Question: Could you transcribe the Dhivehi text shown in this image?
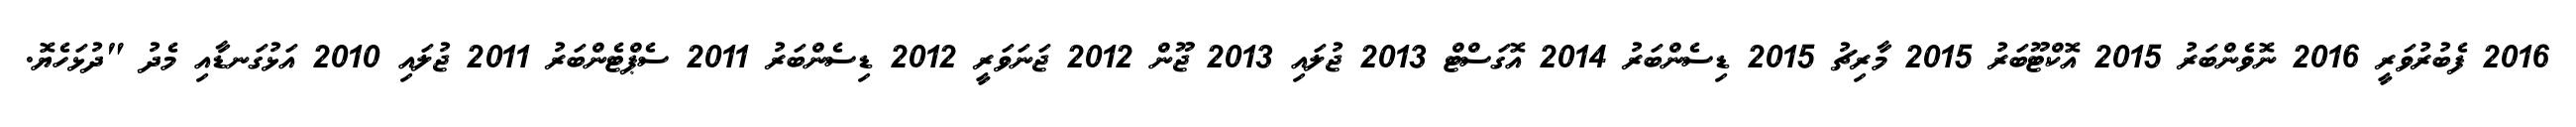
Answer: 2016 ފެބުރުވަރީ 2016 ނޮވެންބަރު 2015 އޮކްޓޫބަރު 2015 މާރިޗު 2015 ޑިސެންބަރު 2014 އޮގަސްޓް 2013 ޖުލައި 2013 ޖޫން 2012 ޖަނަވަރީ 2012 ޑިސެންބަރު 2011 ސެޕްޓެންބަރު 2011 ޖުލައި 2010 އަޅުގަނޑާއި މެދު "ދުޅަހެޔޮ.